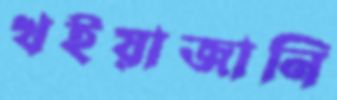
খইয়াজানি